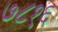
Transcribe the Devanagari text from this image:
७८१६